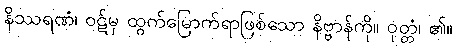
နိဿရဏံ၊ ဝဋ်မှ ထွက်မြောက်ရာဖြစ်သော နိဗ္ဗာန်ကို။ ဝုတ္တံ၊ ၏။